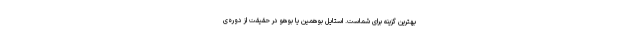
بهترین گزینه برای شماست. استایل بوهمین یا بوهو در حقیقت از دوره‌ی